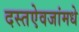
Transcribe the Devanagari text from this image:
दस्तऐवजांमधे